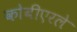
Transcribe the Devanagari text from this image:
कोबीएरले